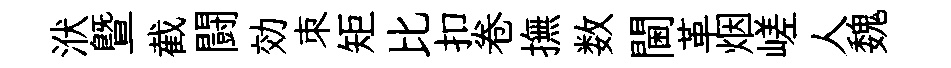
洑曁截闘効朿矩比扣卷撫数閫革烟嵯人魏